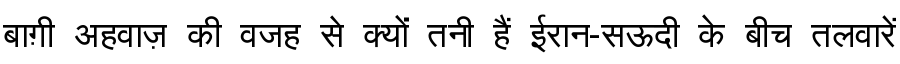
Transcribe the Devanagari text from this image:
बाग़ी अहवाज़ की वजह से क्यों तनी हैं ईरान-सऊदी के बीच तलवारें